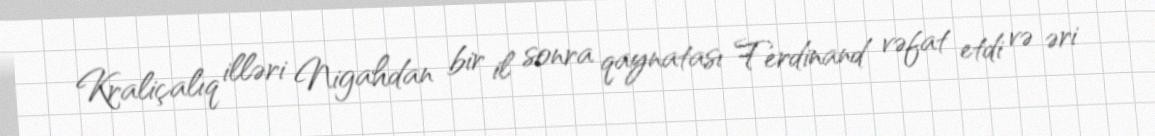
Kraliçalıq illəri Nigahdan bir il sonra qaynatası Ferdinand vəfat etdi və əri